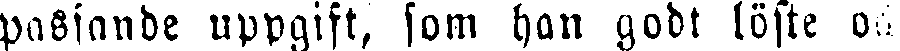
passande uppgift, fom han godt löste oc